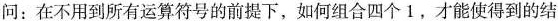
问：在不用到所有运算符号的前提下，如何组合四个1，才能使得到的结